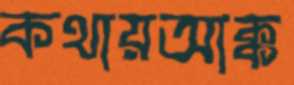
কথায়আক্ক